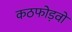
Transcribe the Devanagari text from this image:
कठफोड़वों